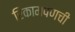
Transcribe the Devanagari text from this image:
रिकामपणची